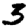
Digit: 3